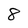
Character: 8